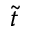
\Tilde { t }